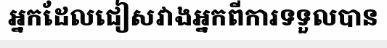
អ្នកដែលជៀសវាងអ្នកពីការទទួលបាន